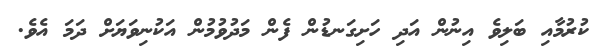
ކުރުމާއި ބަލިވެ އިނުން އަދި ހަށިގަނޑުން ފެން މަދުވުމުން އަކުނިވަޔަށް ދަމަ އެވެ.